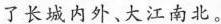
了长城内外、大江南北。